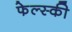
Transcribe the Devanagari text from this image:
फेल्स्की